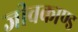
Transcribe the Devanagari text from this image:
जीवकाण्ड